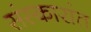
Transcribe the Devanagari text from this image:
संस्कारांत